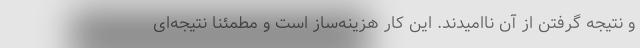
و نتیجه گرفتن از آن ناامیدند. این کار هزینه‌ساز است و مطمئنا نتیجه‌ای